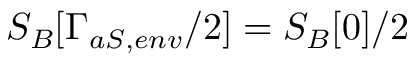
S _ { B } [ \Gamma _ { a S , e n v } / 2 ] = S _ { B } [ 0 ] / 2